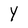
Character: Y